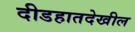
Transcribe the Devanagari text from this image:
दीडहातदेखील